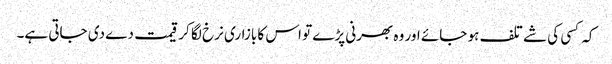
کہ کسی کی شے تلف ہو جائے اور وہ بھرنی پڑے تو اس کا بازاری نرخ لگا کر قیمت دے دی جاتی ہے۔